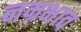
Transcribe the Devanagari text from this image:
नम्रभाव